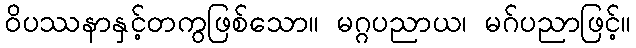
ဝိပဿနာနှင့်တကွဖြစ်သော။ မဂ္ဂပညာယ၊ မဂ်ပညာဖြင့်။